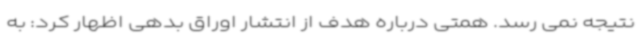
نتیجه نمی رسد. همتی درباره هدف از انتشار اوراق بدهی اظهار کرد: به